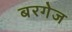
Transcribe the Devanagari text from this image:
बरगेज